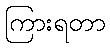
ကြားရတာ